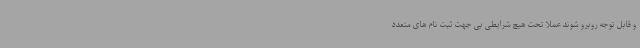
و قابل توجه روبرو شوند عملا تحت هیچ شرایطی بی جهت ثبت نام های متعدد